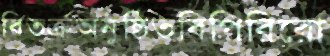
বিতর্ক্রঅনুষ্ঠিতবিপিরিরো